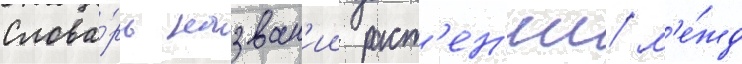
Слова́рь назван'ии раст'ен'ии/ м'е́жд